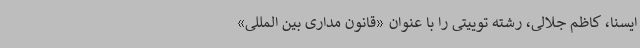
ایسنا، کاظم جلالی، رشته توییتی را با عنوان «قانون مداری بین المللی»